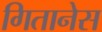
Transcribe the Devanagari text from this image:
गितानेस